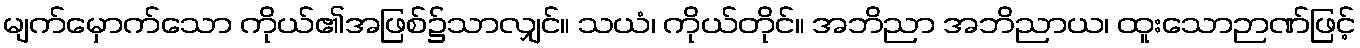
မျက်မှောက်သော ကိုယ်၏အဖြစ်၌သာလျှင်။ သယံ၊ ကိုယ်တိုင်။ အဘိညာ အဘိညာယ၊ ထူးသောဉာဏ်ဖြင့်